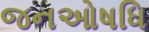
જનઓષધિ